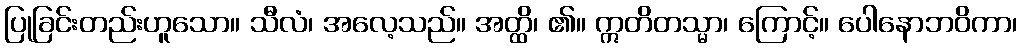
ပြုခြင်းတည်းဟူသော။ သီလံ၊ အလေ့သည်။ အတ္ထိ၊ ၏။ ဣတိတသ္မာ၊ ကြောင့်။ ပေါနောဘဝိကာ၊